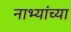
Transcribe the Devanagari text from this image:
नाभ्यांच्या